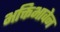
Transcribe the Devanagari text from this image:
भक्तिभावेन